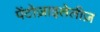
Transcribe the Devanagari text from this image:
पेंटोज़ाइलेलीज़